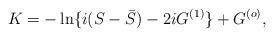
LaTeX: \begin{align*}K=-\ln\{i(S - {\bar S}) -2iG^{(1)} \} + G^{(o)},\end{align*}